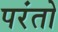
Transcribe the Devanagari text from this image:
परंतो